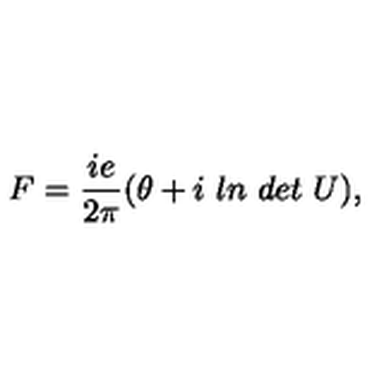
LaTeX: F = \frac { i e } { 2 \pi } ( \theta + i \ l n \ d e t \ U ) ,